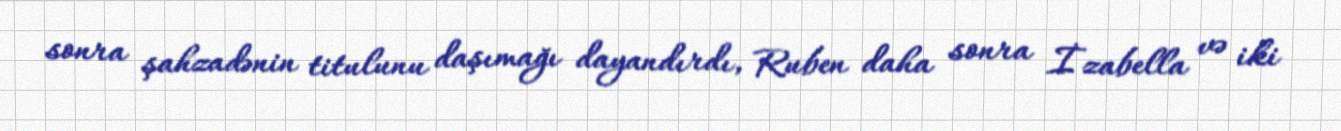
sonra şahzadənin titulunu daşımağı dayandırdı, Ruben daha sonra İzabella və iki